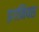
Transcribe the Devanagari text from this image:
इगनियस